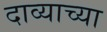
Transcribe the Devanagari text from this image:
दाव्याच्या